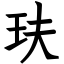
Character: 玞